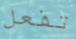
تفعل